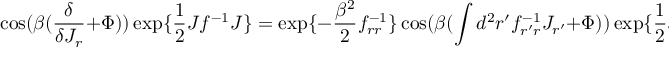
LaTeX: \cos ( \beta ( { \frac { \delta } { \delta J _ { r } } } + \Phi ) ) \exp \{ { \frac { 1 } { 2 } } J f ^ { - 1 } J \} = \exp \{ - { \frac { \beta ^ { 2 } } { 2 } } f _ { r r } ^ { - 1 } \} \cos ( \beta ( \int d ^ { 2 } r ^ { \prime } f _ { r ^ { \prime } r } ^ { - 1 } J _ { r ^ { \prime } } + \Phi ) ) \exp \{ { \frac { 1 } { 2 } } J f ^ { - 1 } J \}